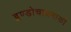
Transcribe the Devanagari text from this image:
इण्डोचायनाकी